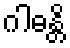
ဂါဓန္တိ